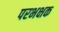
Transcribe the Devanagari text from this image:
परभक्षक